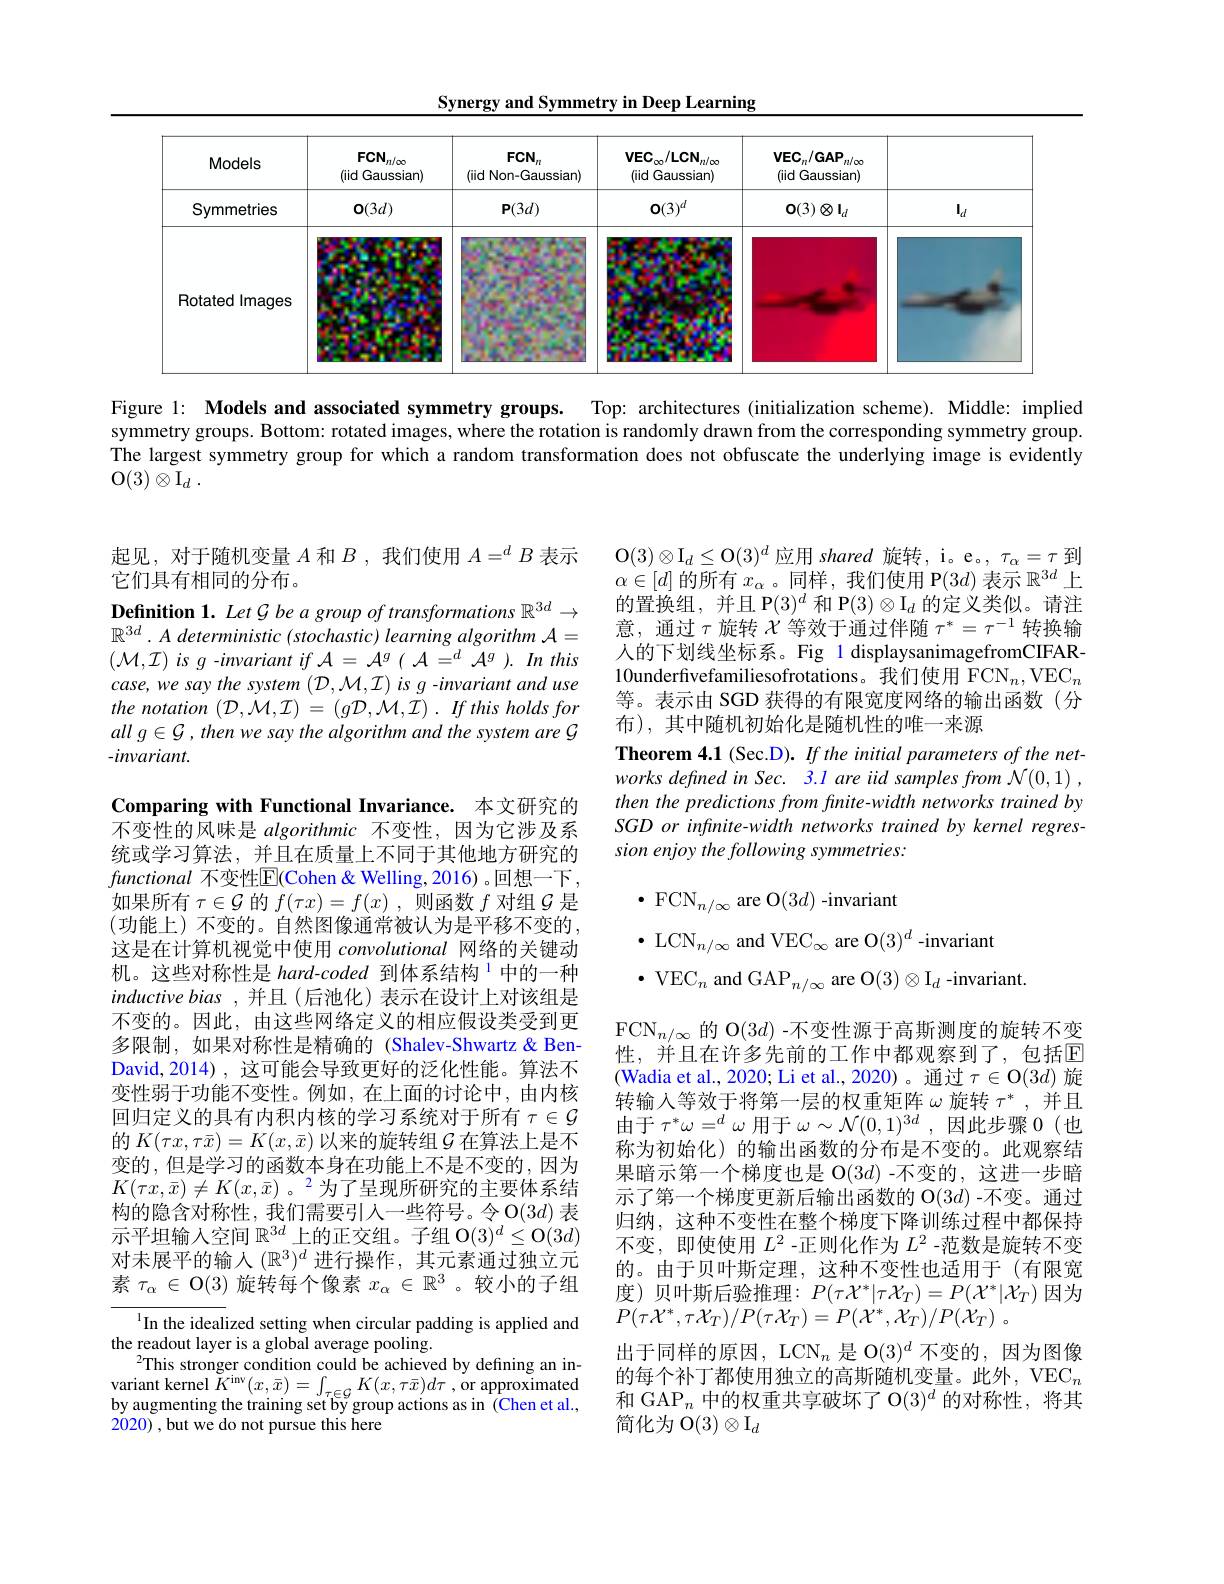
Synergy and Symmetry in Deep Learning

<FigureHere>

Figure 1: Models and associated symmetry groups. Top: architectures (initialization scheme). Middle: implied symmetry groups. Bottom: rotated images, where the rotation is randomly drawn from the corresponding symmetry group The largest symmetry group for which a random transformation does not obfuscate the underlying image is evidently O$( 3) \otimes \mathrm{I} _d$ .

起见，对于随机变量$A$和$B$ ,我们使用$A=^dB$表示
它们具有相同的分布。
Definition 1. Let G be a group of transformations $\mathbb{R}^3d\to$ $\mathbb{R}^{3d}\cdot A$ deterministic (stochastic) learning algorithm $\mathcal{A}=$ $(\mathcal{M},\mathcal{I})$ is $g$ -invariant if $\mathcal{A}=\mathcal{A}^g(\mathcal{A}=^d\mathcal{A}^g).$ In this case, we say the system $(\mathcal{D},\mathcal{M},\mathcal{I})$ is g-invariant and use the notation $( \mathcal{D} , \mathcal{M} , \mathcal{I} )$ = $( g\mathcal{D} , \mathcal{M} , \mathcal{I} )$ . $If$ this holds for all g G , then we say the algorithm and the system are G -invariant.

Comparing with Functional Invariance. 本文研究的不变性的风味是 algorithmic 不变性，因为它涉及系统或学习算法，并且在质量上不同于其他地方研究的functional 不变性$\overline{\mathrm{E}}$(Cohen&Welling,2016)。回想一下， 如果所有$\tau\in\mathcal{G}$的$f(\tau x)=f(x)$ ,则函数$f$对组$\mathcal{G}$是(功能上)不变的。自然图像通常被认为是平移不变的， 这是在计算机视觉中使用convolutional网络的关键动机。这些对称性是 hard-coded 到体系结构$^{1}$中的一种inductive bias ,并且 (后池化) 表示在设计上对该组是不变的。因此，由这些网络定义的相应假设类受到更多限制，如果对称性是精确的(Shalev-Shwartz& BenDavid,2014),这可能会导致更好的泛化性能。算法不变性弱于功能不变性。例如，在上面的讨论中，由内核回归定义的具有内积内核的学习系统对于所有$\tau\in\mathcal{G}$ 的$K(\tau x,\tau\bar{x})=K(x,\bar{x})$以来的旋转组$\mathcal{G}$在算法上是不变的，但是学习的函数本身在功能上不是不变的，因为$K(\tau x,\bar{x})\neq K(x,\bar{x})$。2为了呈现所研究的主要体系结构的隐含对称性，我们需要引人一些符号。令O$(3d)$表示平坦输入空间$\mathbb{R}^{3d}$上的正交组。子组 O$(3)^d\leq\mathcal{O}(3d)$ 对未展平的输入$(\mathbb{R}^3)^d$进行操作 ,其元素通过独立元素$\tau_\alpha\in\mathcal{O}(3)$旋转每个像素$x_\alpha\in\mathbb{R}^3$ 。较小的子组

In the idealized setting when circular padding is applied and
the readout layer is a global average pooling.
$^{2}$This stronger condition could be achieved by defining an in- $\begin{array}{l}{\mathrm{variant~kernel~}\tilde{K}^{\mathrm{inv}}(x,\bar{x})=\int_{\tau\in\mathcal{G}}K(x,\tau\bar{x})d\tau\mathrm{~,~or~approximated}}\\{\mathrm{by~augmenting~the~training~set~by~group~actions~as~in~(Chen~et~al.}}\end{array}$ 2020),but we do not pursue this here

$\mathcal{O}(3)\otimes\mathcal{I}_d\leq\mathcal{O}(3)^d$应用 shared 旋转，i。e。, $\tau_\alpha=\tau$ 到$\alpha\in[d]$的所有$x_\alpha$ 。同样 , 我们使用 P$(3d)$表示$\mathbb{R}^3d$上的置换组，并且 P$(3)^d$和 P$(3)\otimes\mathcal{I}_d$的定义类似。请注意，通过$\tau$旋转$\chi$等效于通过伴随 $\tau^*=\tau^-1$ 转换输人的下划线坐标系。Fig 1 displaysanimagefromCIFAR- 10underfivefamiliesofrotations。我们使用 FCN$_n,\mathrm{VEC}_n$ 等。表示由 SGD 获得的有限宽度网络的输出函数(分布), 其中随机初始化是随机性的唯一来源
Theorem 4.1 (Sec.D). If the initial parameters of the networks defined in Sec. 3.1 are iid samples from N(0,1) , then the predictions from finite-width networks trained by SGD or infinite-width networks trained by kernel regression enjoy the following symmetries:

$\bullet\mathrm{~FCN}_{n/\infty}$ are O$(3d)$ -invariant
$\bullet$ LCN$_n/\infty$ and VEC$_\infty$ are O$(3)^d$-invariant
$\bullet$ VEC$_n$ and GAP$_n/\infty$ are O$(3)\otimes\mathrm{I}_d$ -invariant.
$\mathrm{FCN}_{n/\infty}$的 O$(3d)$ -不变性源于高斯测度的旋转不变性，并且在许多先前的工作中都观察到了，包括$\mathbb{E}$ (Wadia et al., 2020; Li et al., 2020)。通过$\tau\in\mathcal{O}(3d)$旋转输入等效于将第一层的权重矩阵$\omega$旋转$\tau^*$,并且由于$\tau^*\omega=^d\omega$用于$\omega\sim\mathcal{N}(0,1)^3d$,因此步骤 0(也称为初始化)的输出函数的分布是不变的。此观察结果暗示第一个梯度也是 O(3$d)$ -不变的，这进一步暗示了第一个梯度更新后输出函数的 O$(3d)$ -不变。通过归纳，这种不变性在整个梯度下降训练过程中都保持不变，即使使用$L^2$ -正则化作为$L^2$ -范数是旋转不变的。由于贝叶斯定理，这种不变性也适用于(有限宽度)贝叶斯后验推理：$P(\tau\mathcal{X}^*|\tau\mathcal{X}_T)=P(\mathcal{X}^*|\mathcal{X}_T)$因为$P( \tau \mathcal{X} ^{* }, \tau \mathcal{X} _{T}) / P( \tau \mathcal{X} _{T}) = P( \mathcal{X} ^{* }, \mathcal{X} _{T}) / P( \mathcal{X} _{T})$ 。
出于同样的原因，LCN$_n$是 O$(3)^d$不变的，因为图像的每个补丁都使用独立的高斯随机变量。此外，VEC$_n$ 和 GAP$_n$中的权重共享破坏了 O$(3)^d$的对称性，将其简化为 O$(3)\otimes\mathrm{I}_d$